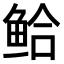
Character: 𫚗